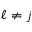
\ell \neq j